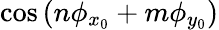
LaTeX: \cos{(n\phi_{x_{0}}+m\phi_{y_{0}})}